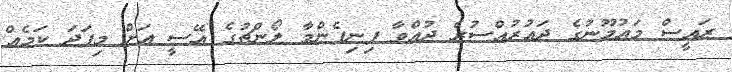
ރައީސް މައުމޫނުގެ ދައުރުއްސުރެ ދުއްވާ ފިނިފެންމާ ލޯންޗުގެ އޭސީ އަށް މިފަދަ ކަމެއް